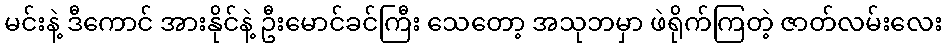
မင်းနဲ့ ဒီကောင် အားနိုင်နဲ့ ဦးမောင်ခင်ကြီး သေတော့ အသုဘမှာ ဖဲရိုက်ကြတဲ့ ဇာတ်လမ်းလေး